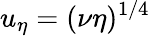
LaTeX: u_{\eta}=(\nu\eta)^{1/4}